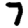
Digit: 7